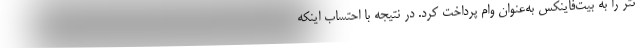
تتر را به بیت‌فاینکس به‌عنوان وام پرداخت کرد. در نتیجه با احتساب اینکه